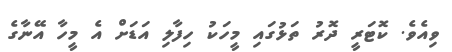
ވިއެވެ. ކޮޓަރީ ދޮރު ތަޅުގައި މީހަކު ހިފާލި އަޑަށް އެ މީހާ އޭނާގެ